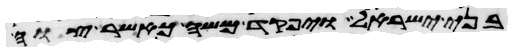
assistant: בני ישראל ויפקד משה כאשר צוה